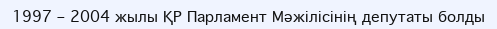
1997 – 2004 жылы ҚР Парламент Мәжілісінің депутаты болды